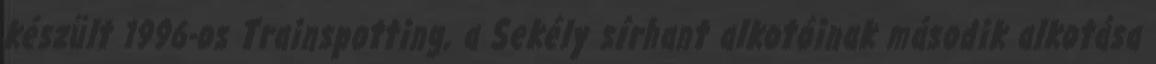
készült 1996-os Trainspotting, a Sekély sírhant alkotóinak második alkotása